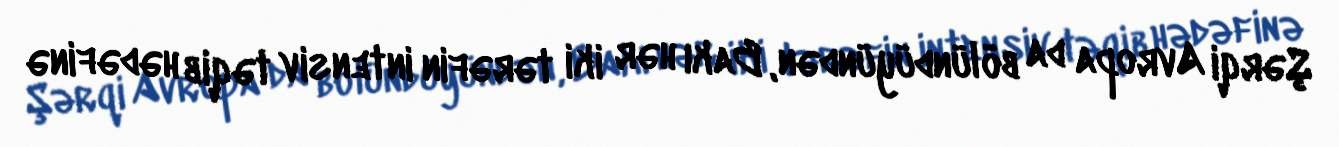
Şərqi Avropa da bölündüyündən, Bakı hər iki tərəfin intensiv təqib hədəfinə